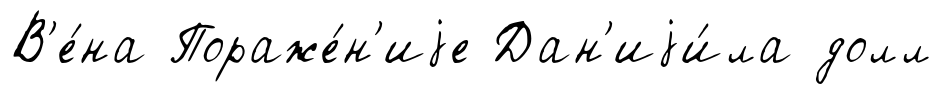
В'е́на Пораже́н'иjе Дан'иjи́ла долл